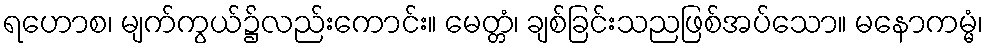
ရဟောစ၊ မျက်ကွယ်၌လည်းကောင်း။ မေတ္တံ၊ ချစ်ခြင်းသညဖြစ်အပ်သော။ မနောကမ္မံ၊